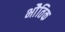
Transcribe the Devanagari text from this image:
भोैतिक